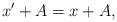
LaTeX: \begin{align*}x'+A=x+A, \end{align*}